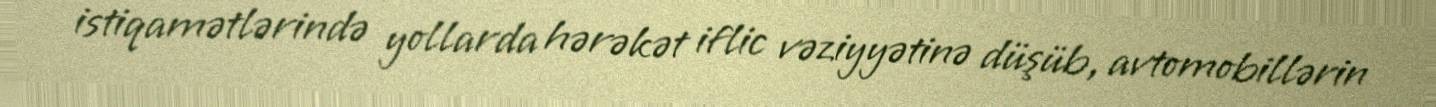
istiqamətlərində yollarda hərəkət iflic vəziyyətinə düşüb, avtomobillərin